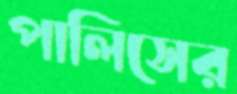
পালিসের